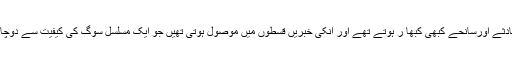
ایک وقت تھا حادثے اورسانحے کبھی کبھا ر ہوتے تھے اور انکی خبریں قسطوں میں موصول ہوتی تھیں جو ایک مسلسل سوگ کی کیفیت سے دوچار رکھتی تھیں ۔